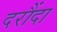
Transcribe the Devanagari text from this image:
दरौंदा